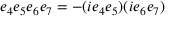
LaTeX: e _ { 4 } e _ { 5 } e _ { 6 } e _ { 7 } = - ( i e _ { 4 } e _ { 5 } ) ( i e _ { 6 } e _ { 7 } )